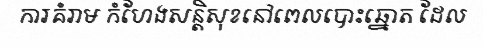
ការគំរាម កំហែងសន្តិសុខនៅពេលបោះឆ្នោត ដែល